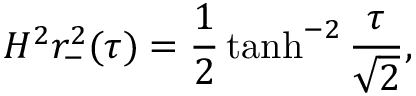
H ^ { 2 } r _ { - } ^ { 2 } ( \tau ) = \frac { 1 } { 2 } \operatorname { t a n h } ^ { - 2 } \frac { \tau } { \sqrt { 2 } } ,